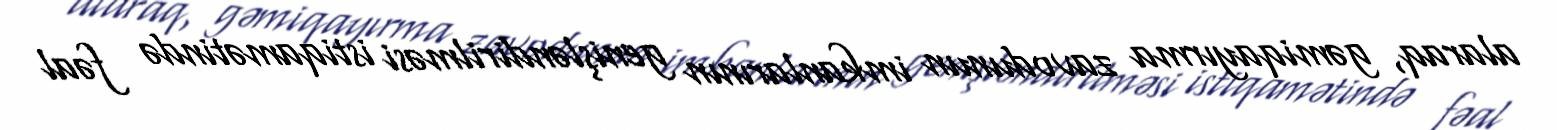
alaraq, gəmiqayırma zavodunun imkanlarının genişləndirilməsi istiqamətində fəal